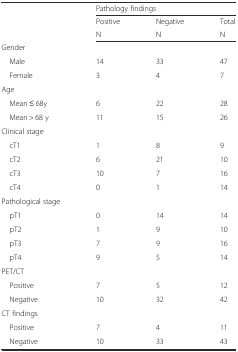
<table><thead><tr><td></td><td colspan="3"><b>Pathology findings</b></td></tr><tr><td rowspan="2"></td><td><b>Positive</b></td><td><b>Negative</b></td><td><b>Total</b></td></tr><tr><td><b>N</b></td><td><b>N</b></td><td><b>N</b></td></tr></thead><tbody><tr><td>Gender</td><td></td><td></td><td></td></tr><tr><td> Male</td><td>14</td><td>33</td><td>47</td></tr><tr><td> Female</td><td>3</td><td>4</td><td>7</td></tr><tr><td>Age</td><td></td><td></td><td></td></tr><tr><td> Mean ≤ 68y</td><td>6</td><td>22</td><td>28</td></tr><tr><td> Mean &gt; 68 y</td><td>11</td><td>15</td><td>26</td></tr><tr><td>Clinical stage</td><td></td><td></td><td></td></tr><tr><td> cT1</td><td>1</td><td>8</td><td>9</td></tr><tr><td> cT2</td><td>6</td><td>21</td><td>10</td></tr><tr><td> cT3</td><td>10</td><td>7</td><td>16</td></tr><tr><td> cT4</td><td>0</td><td>1</td><td>14</td></tr><tr><td>Pathological stage</td><td></td><td></td><td></td></tr><tr><td> pT1</td><td>0</td><td>14</td><td>14</td></tr><tr><td> pT2</td><td>1</td><td>9</td><td>10</td></tr><tr><td> pT3</td><td>7</td><td>9</td><td>16</td></tr><tr><td> pT4</td><td>9</td><td>5</td><td>14</td></tr><tr><td>PET/CT</td><td></td><td></td><td></td></tr><tr><td> Positive</td><td>7</td><td>5</td><td>12</td></tr><tr><td> Negative</td><td>10</td><td>32</td><td>42</td></tr><tr><td>CT findings</td><td></td><td></td><td></td></tr><tr><td> Positive</td><td>7</td><td>4</td><td>11</td></tr><tr><td> Negative</td><td>10</td><td>33</td><td>43</td></tr></tbody></table>